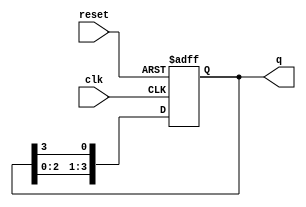
module ring_counter (
    input wire clk,           // Clock input
    input wire reset,         // Asynchronous reset input
    output reg [N-1:0] q      // Output states of the flip-flops
);
    parameter N = 4;          // Number of flip-flops

    // Asynchronous reset and state transition logic
    always @(posedge clk or posedge reset) begin
        if (reset) begin
            q <= 1'b1;       // Initialize to the first state (0001)
        end else begin
            // Shift the '1' to the next flip-flop
            q <= {q[N-2:0], q[N-1]}; 
        end
    end
endmodule